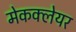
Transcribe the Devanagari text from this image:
मेकक्लेयर